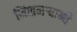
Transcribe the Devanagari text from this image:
मिशनर्‍यानी